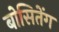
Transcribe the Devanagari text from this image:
बोसितेंग